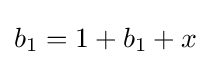
b_{1}=1+b_{1}+x